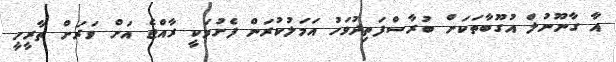
އާ ގާނޫނުލް އުގޫޫބާތަކަށް ބުރާސްފަތިދުވަހު އަމަލުކުރަން ފެށުމަކީ ރާއްޖެ އަށް ވަރަށް ތާރީހީ